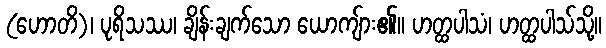
(ဟောတိ)၊ ပုရိသဿ၊ ချိန်းချက်သော ယောကျ်ား၏။ ဟတ္ထပါသံ၊ ဟတ္ထပါသ်သို့။